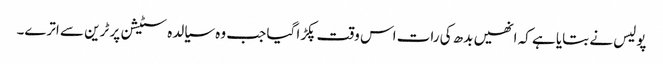
پولیس نے بتایا ہے کہ انھیں بدھ کی رات اس وقت پکڑا گیا جب وہ سیالدہ سٹیشن پر ٹرین سے اترے۔